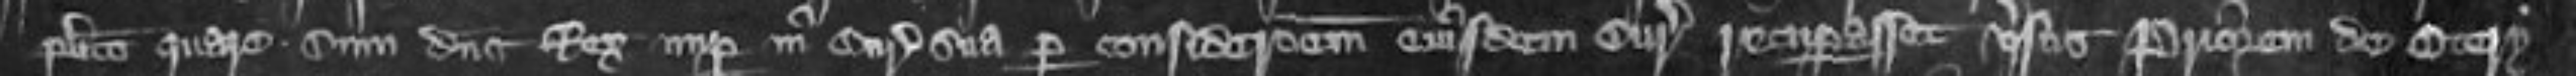
placito quare cum dominus Rex nuper in Curia sua per considerationem eiusdem Curie recuperasset versus Priorum de Otery